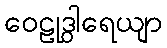
ဝေဠုဒွါရေယျာ